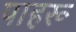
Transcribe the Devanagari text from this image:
पाहरू